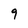
Character: 9